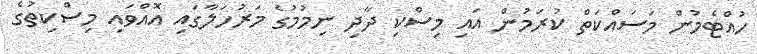
ހުއްޓެމުން މަސައްކަތް ކުރަމުން އައި މިސްކި ދާދި ނިމުމުގެ މަރުހަލާގައި އޮއްވައި މިސްކިތުގެ